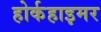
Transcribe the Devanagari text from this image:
होर्कहाइमर